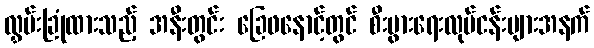
လွှမ်းခြုံထားသည့် အနီးတွင်း ခြေဖနောင့်တွင် စီးပွားရေးလုပ်ငန်းများအနက်